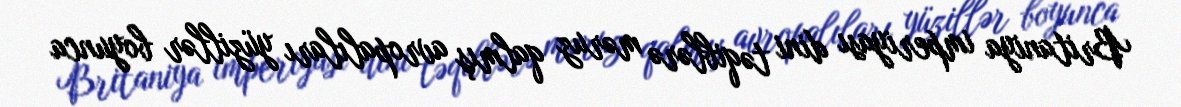
Britaniya imperiyası dini təqiblərə məruz qalmış avropalıları yüzillər boyunca